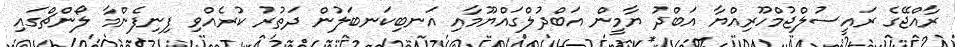
ރާއްޖޭގެ ރައީސުލްޖުމްހޫރިއްޔާ އަބްދު ޔާމީން އަބްދުލްގައްޔޫމާއި އަނބިކަނބަލުން ދަތުރު ކުރެއްވި ފިނިފެންމާ ލޯންޗްގައި